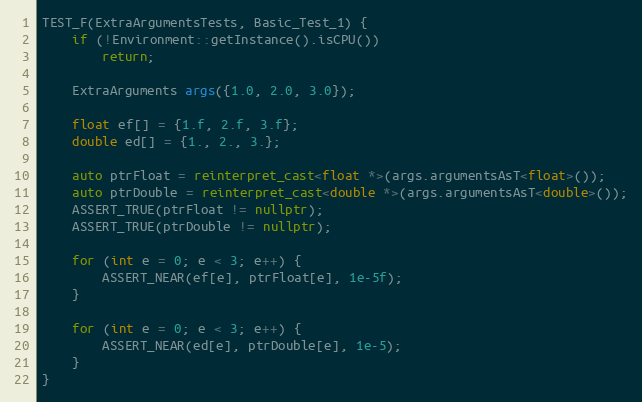
Language: C++
TEST_F(ExtraArgumentsTests, Basic_Test_1) {
    if (!Environment::getInstance().isCPU())
        return;

    ExtraArguments args({1.0, 2.0, 3.0});

    float ef[] = {1.f, 2.f, 3.f};
    double ed[] = {1., 2., 3.};

    auto ptrFloat = reinterpret_cast<float *>(args.argumentsAsT<float>());
    auto ptrDouble = reinterpret_cast<double *>(args.argumentsAsT<double>());
    ASSERT_TRUE(ptrFloat != nullptr);
    ASSERT_TRUE(ptrDouble != nullptr);

    for (int e = 0; e < 3; e++) {
        ASSERT_NEAR(ef[e], ptrFloat[e], 1e-5f);
    }

    for (int e = 0; e < 3; e++) {
        ASSERT_NEAR(ed[e], ptrDouble[e], 1e-5);
    }
}